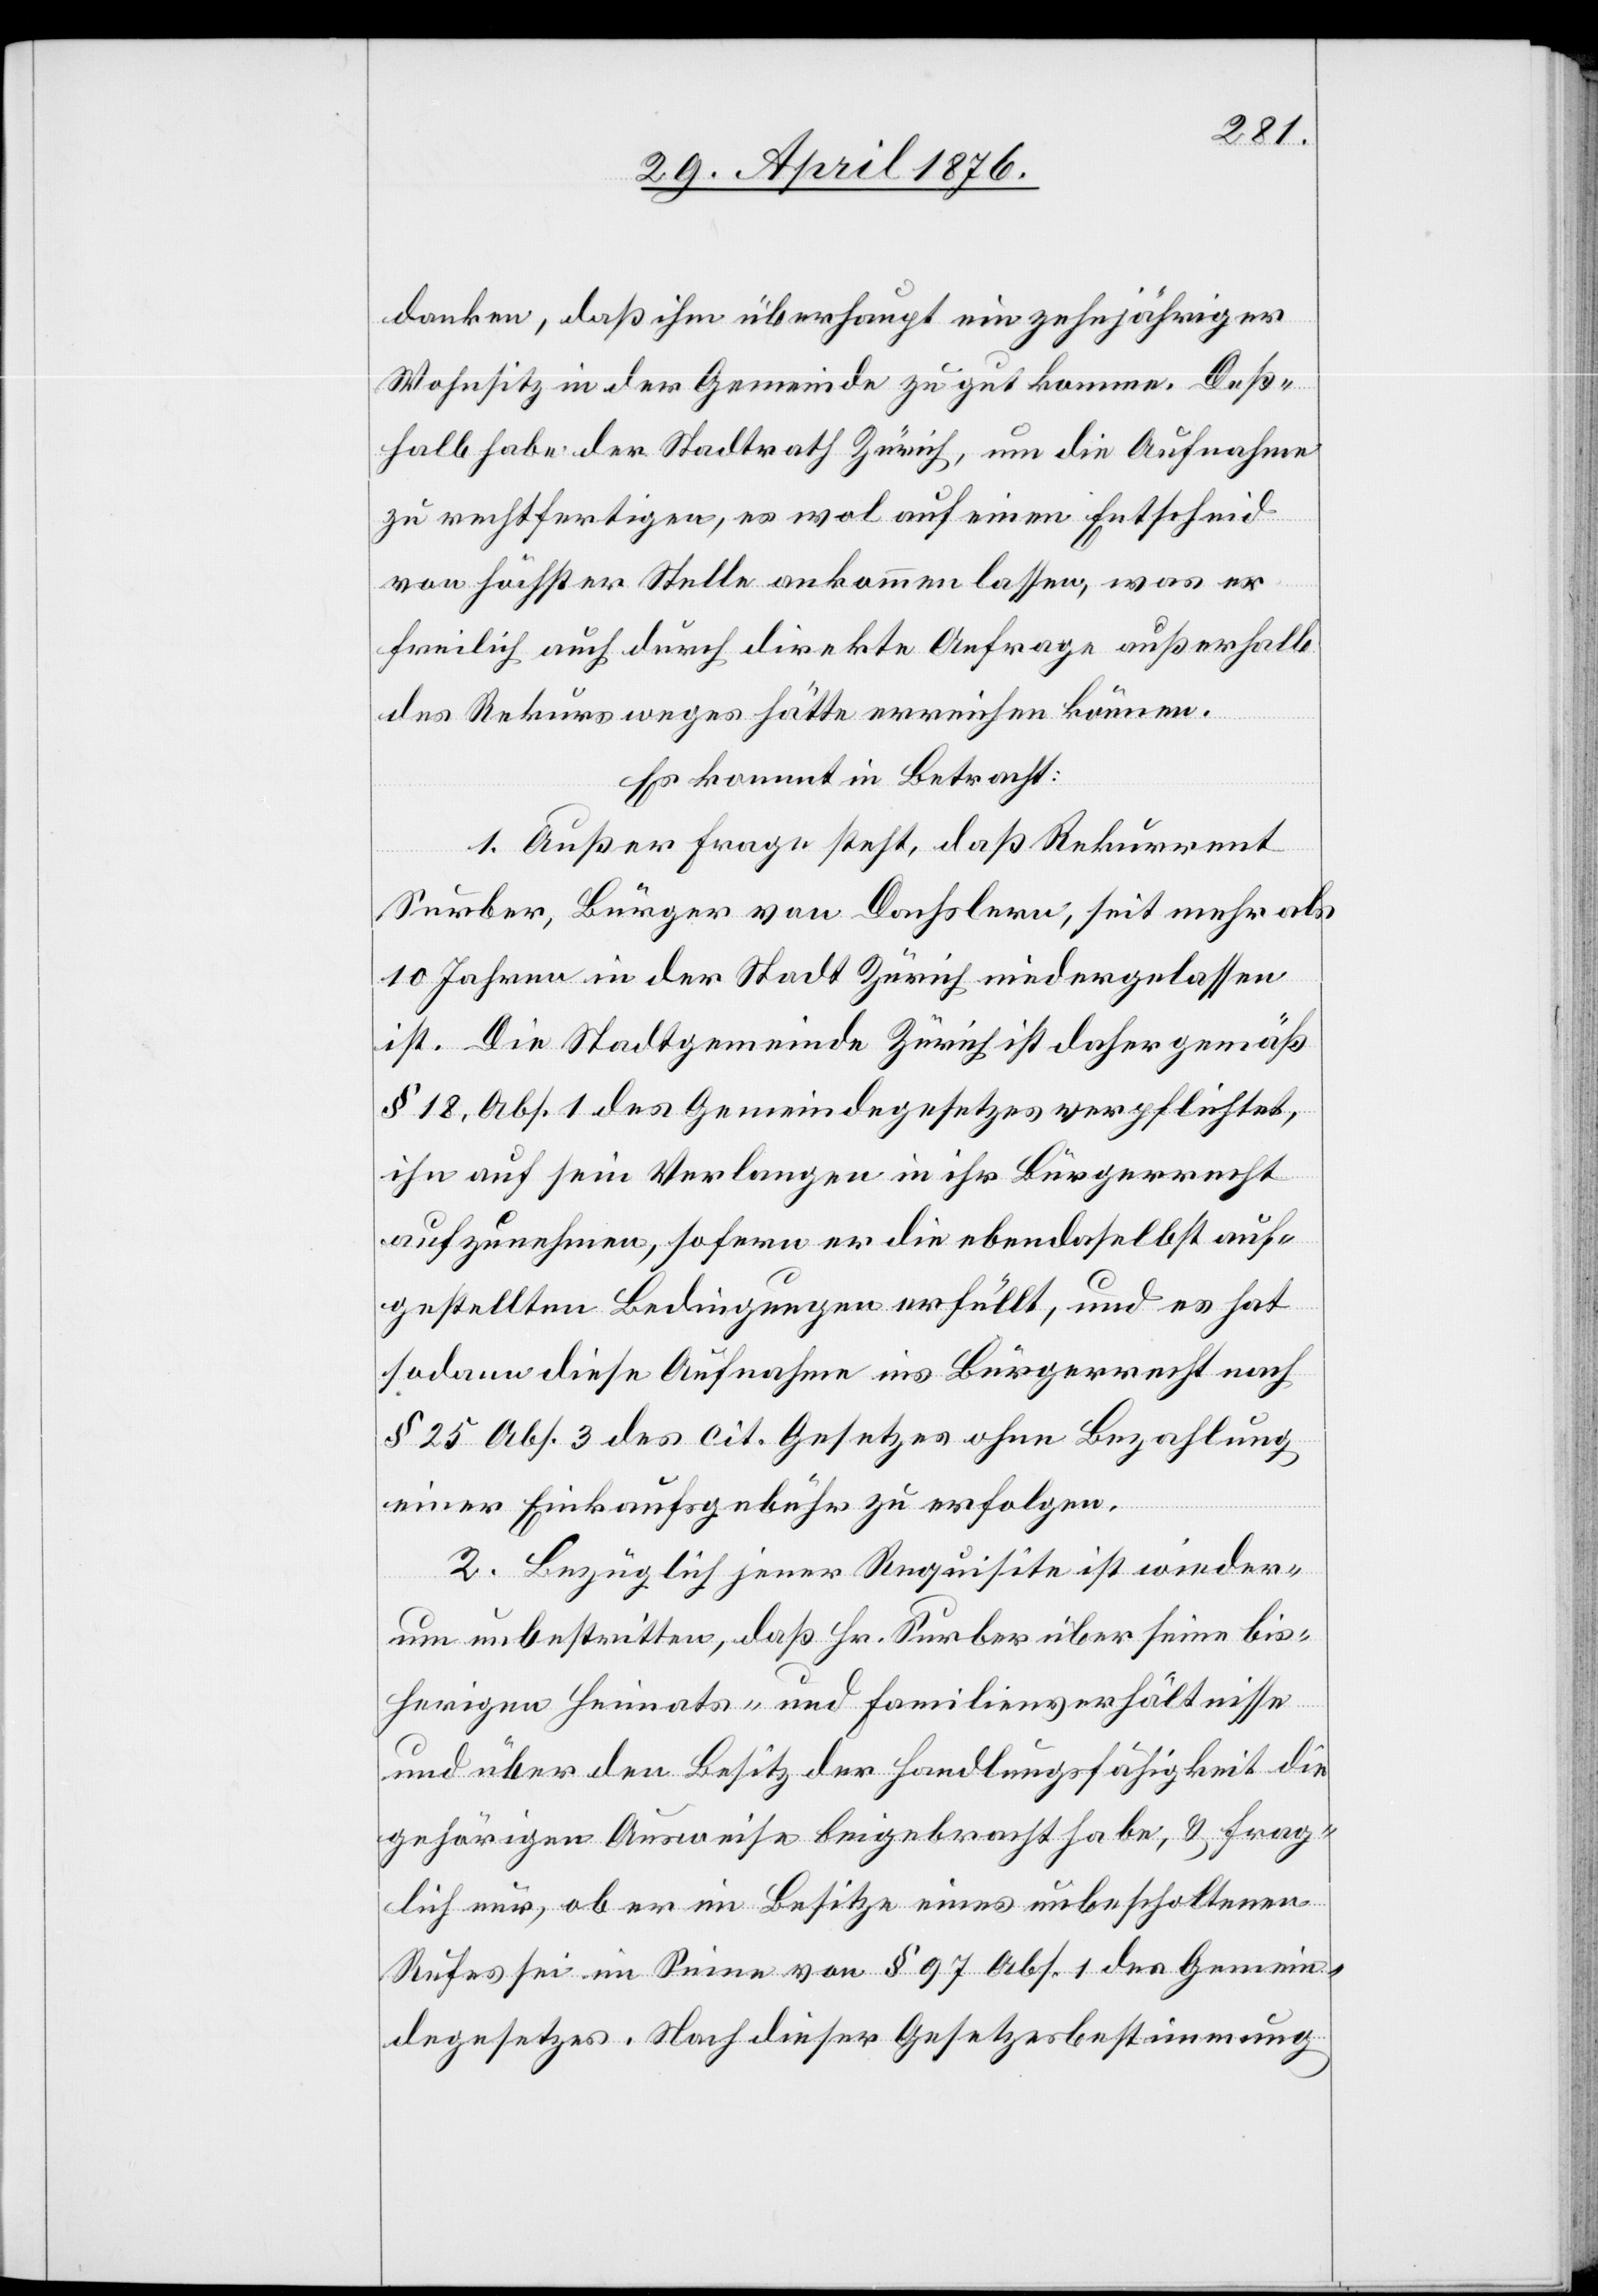
denken, daß ihm überhaupt ein zehnjähriger
Wohnsitz in der Gemeinde zugutkomme. Deß¬
halb habe der Stadtrath Zürich, um die Aufnahme
zu rechtfertigen, es wol auf einen Entscheid
von höchster Stelle ankommen lassen, was er
freilich auch durch diskrete Anfrage außerhalb
des Rekursweges hätte erreichen können.
Es kommt in Betracht:
1. Außer Frage steht, daß Rekurrent
Surber, Bürger von Dachslern, seit mehr als
10 Jahren in der Stadt Zürich niedergelassen
ist. Die Stadtgemeinde Zürich ist daher gemäß
§ 18, Abs. 1 des Gemeindegesetzes verpflichtet,
ihn auf sein Verlangen in ihr Bürgerrecht
aufzunehmen, sofern er die ebendaselbst auf¬
gestellten Bedingungen erfüllt, und es hat
sodann diese Aufnahme ins Bürgerrecht nach
§ 25 Abs. 3 des cit. Gesetzes ohne Bezahlung
einer Einkaufgebühr zu erfolgen.
2. Bezüglich jener Requisite ist wieder¬
um unbestritten, daß Hr. Surber über seine bis¬
herigen Heimats- und Familienverhältnisse
und über den Besitz der Handlungsfähigkeit die
gehörigen Ausweise beigebracht habe, & frag¬
lich nur, ob er im Besitze eines unbescholtenen
Rufes sei im Sinne von § 97 Abs. 1 des Gemein¬
degesetzes. Nach dieser Gesetzesbestimmung